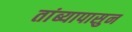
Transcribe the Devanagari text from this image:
तांब्यापासुन